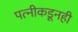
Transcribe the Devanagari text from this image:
पत्‍नीकडूनही